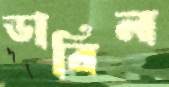
ডারিন